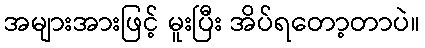
အများအားဖြင့် မူးပြီး အိပ်ရတော့တာပဲ။